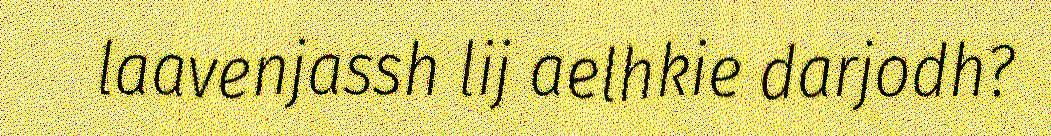
laavenjassh lij aelhkie darjodh?